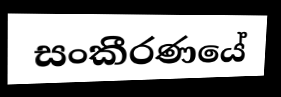
සංකීරණයේ